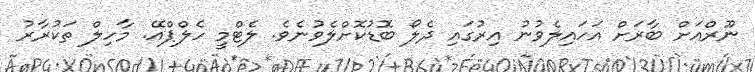
ނޫރްއަށް ބާރަށް އަހައިލެވުނު އިރުގައި ދެލޯ ބޮޑުކޮށްލެވުނެވެ. ލެޓްމީ ހެލްޕްއޭ. މާހިލް ތަކުރާރު